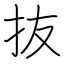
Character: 抜